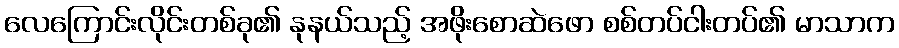
လေကြောင်းလိုင်းတစ်ခု၏ နုနယ်သည့် အဖိုးစောဆဲဖော စစ်တပ်ငါးတပ်၏ မာသာက